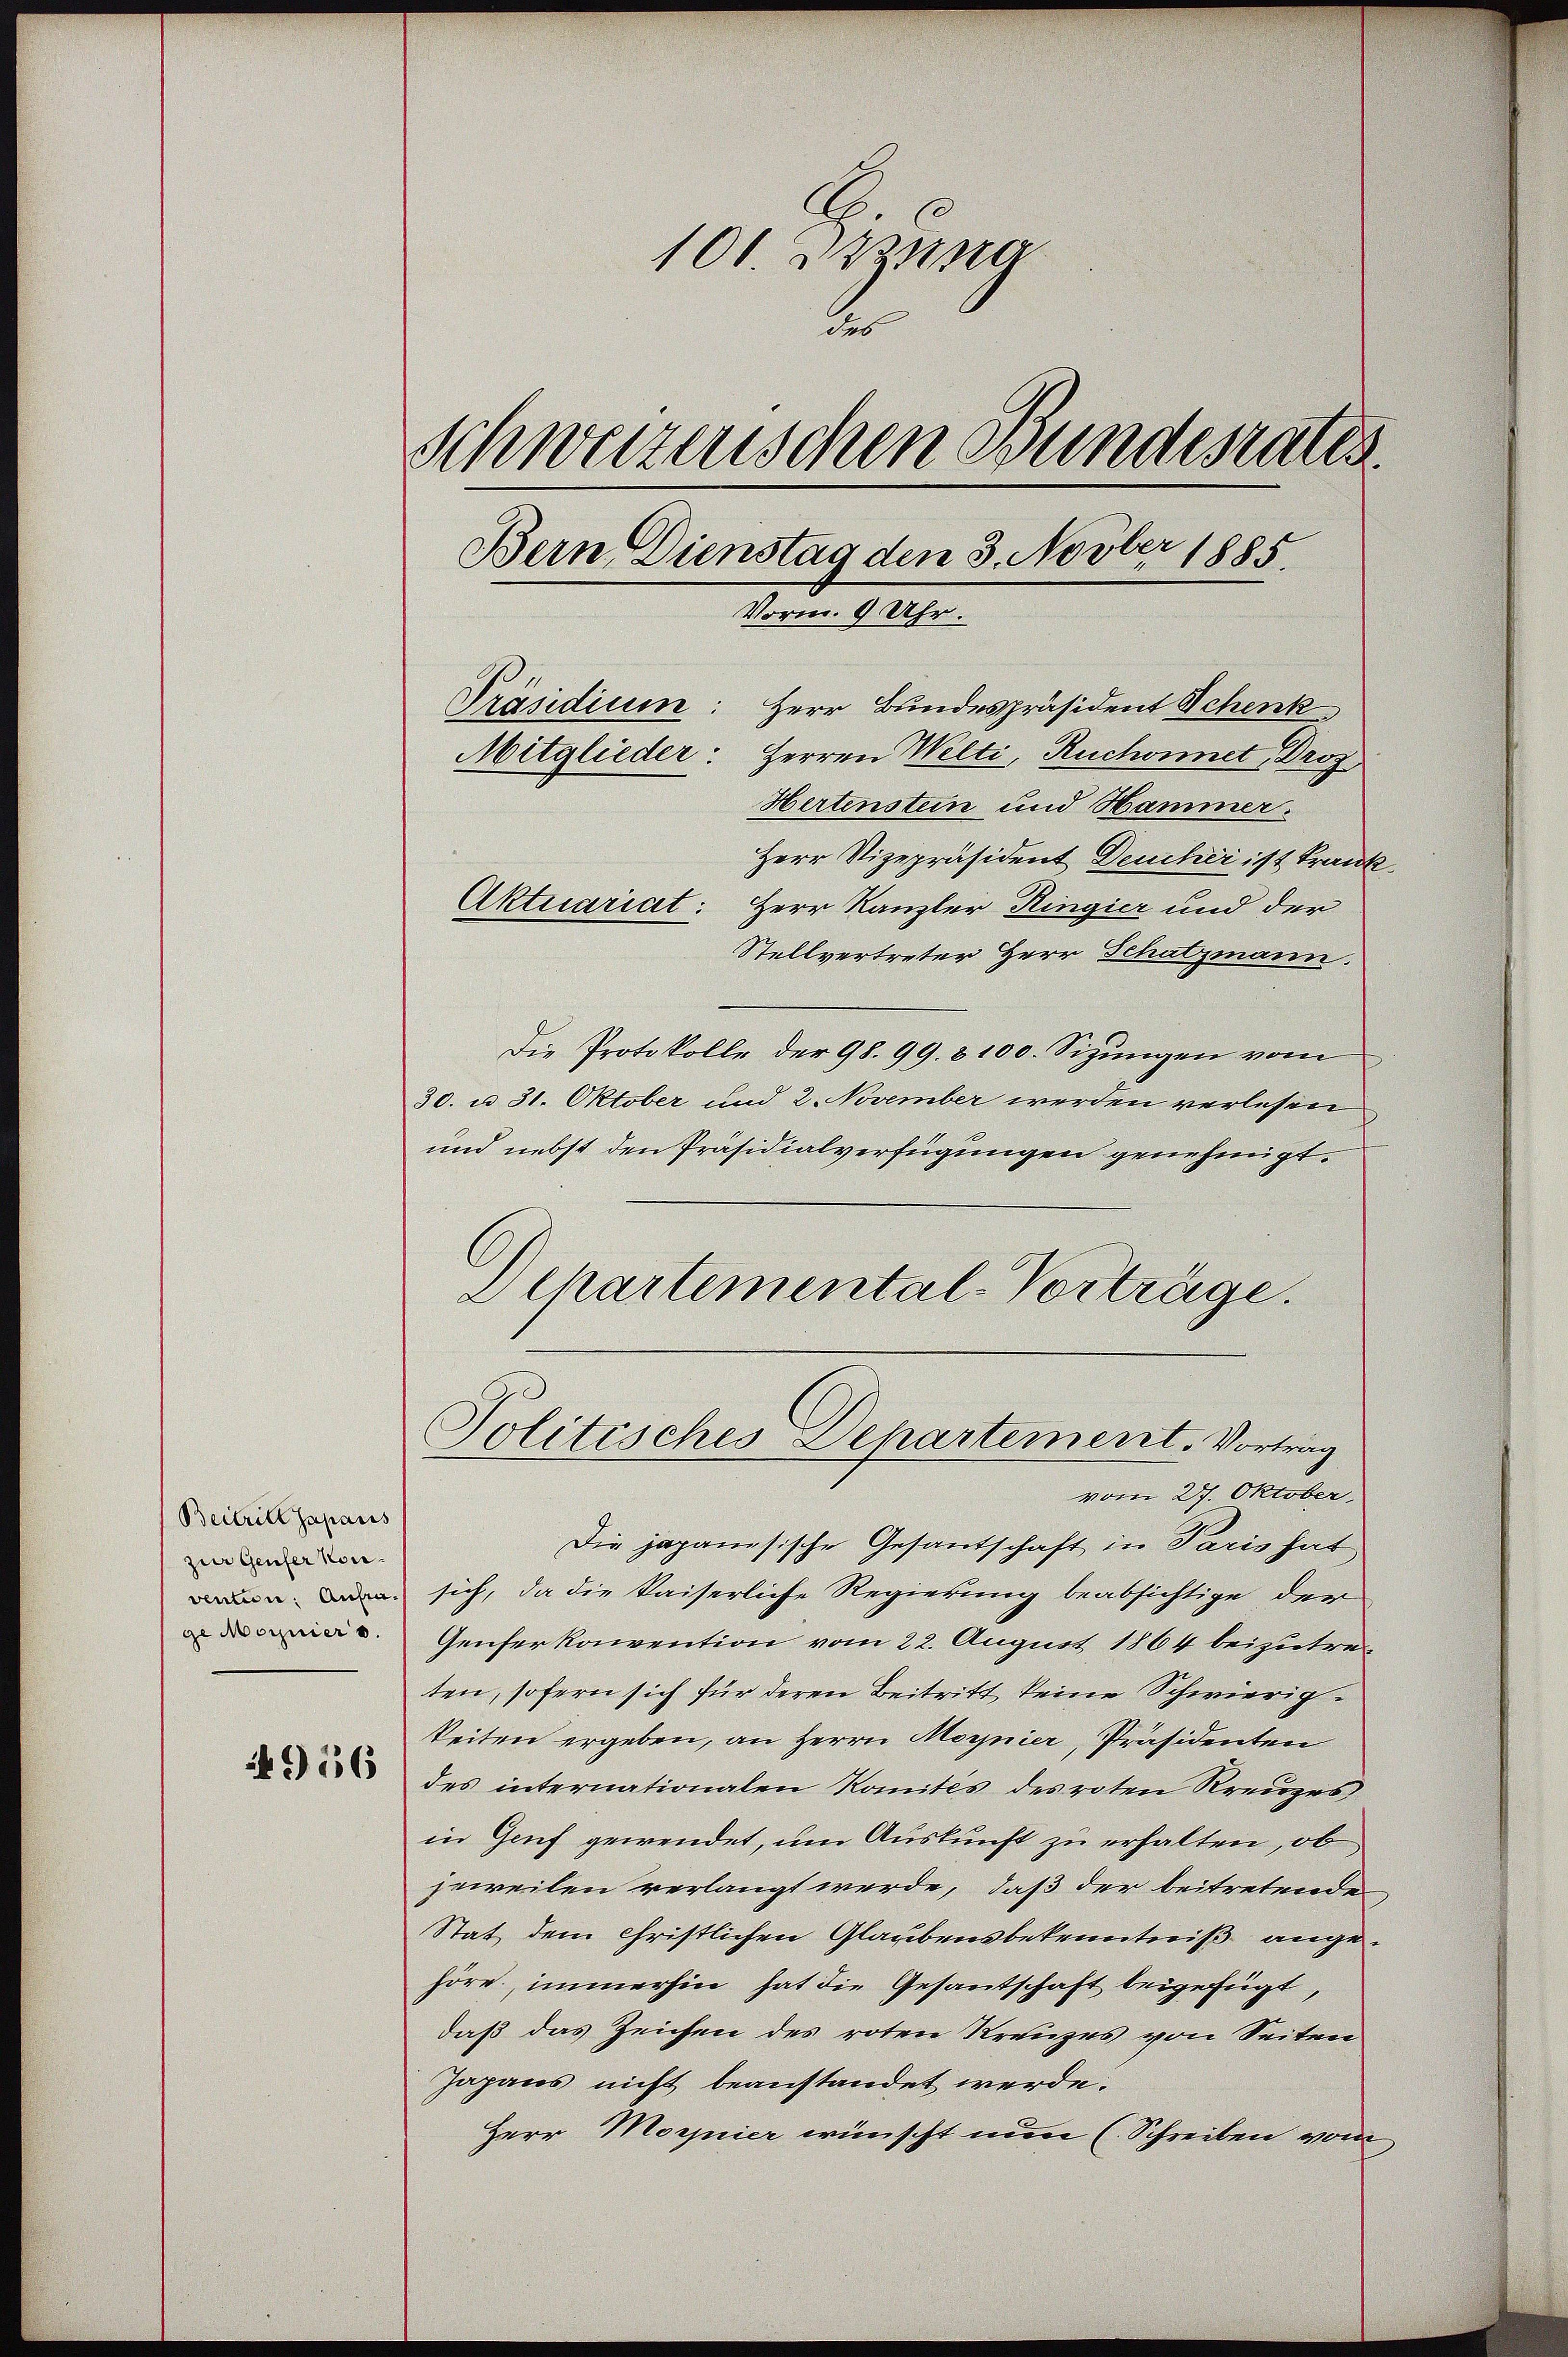
Beitritt Japanis
zur Genfer kon
vention. Anfrage Magniers

956

100 zusa
2
Schweizerischen Bundesrates
Bern Dienstag den 3. Novber 1885.
Vorm. 9 Uhr.
Präsidium: Herr Bundespräsident Schenk
Mitglieder: Herren Welti, Ruchonnet, Droz
Hertenstein und Hammer.

Politisches Dehartement. Vortrag

Herr Vizepräsident Deucher ist Frank
Aktuariat: Herr Kanzler Ringier und der
Stellvertreter Herr Schatzmann.
Die Protokolle der 98. 99. 8100. Sitzungen vom
30. u 31. Oktober und 2. November werden verlesen
und nebst den Präsidialverfügungen genehmigt.
Departemental-Vorträge.

vom 27. Oktober.
Die japanesische Gesantschaft in Paris hat
sich, da die kaiserliche Regierung beabsichtige der
Genferkonvention vom 22. August 1864 beizutreten, sofern sich für deren Beitritt keine Schwierigkeiten ergeben, an Herrn Magnier, Präsidenten
des internationalen Komités des roten Kreuzes,
in Genf gewendet, um Auskunft zu erhalten, ob
jeweilen verlangt werde, daß der beitretende
Stat dem Christlichen Glaubensbekenntniß angehöre, immerhin hat die Gesantschaft beigefügt,
daß das Zeichen des roten Kreuzes von Seiten
Japans nicht beanstandet werde.
Herr Morier wünscht nun (Schreiben vom